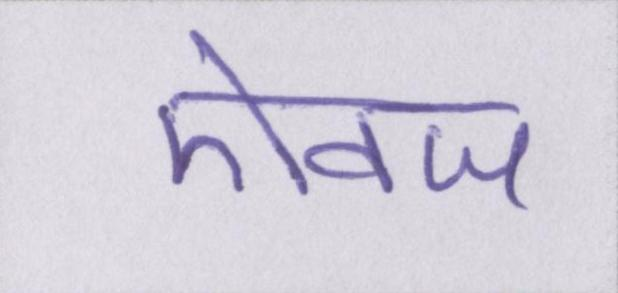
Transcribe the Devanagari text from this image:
ऐवज